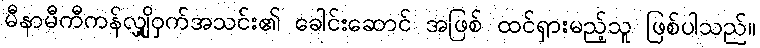
မီနာမီကီကန်လျှို့ဝှက်အသင်း၏ ခေါင်းဆောင် အဖြစ် ထင်ရှားမည့်သူ ဖြစ်ပါသည်။